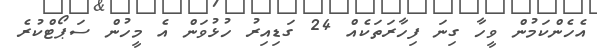
އެހެންކަމުން ވީހާ ގިނަ ފިހާރަތަކެއް 24 ގަޑިއިރު ހުޅުވަން އެ މީހުން ސަޕޯޓްކުރެ